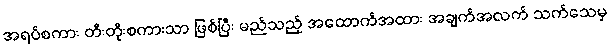
အရပ်စကား တီးတိုးစကားသာ ဖြစ်ပြီး မည်သည့် အထောက်အထား အချက်အလက် သက်သေမှ